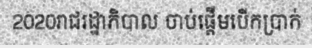
2020រាជរដ្ឋាភិបាល ចាប់ផ្តើមបើកប្រាក់